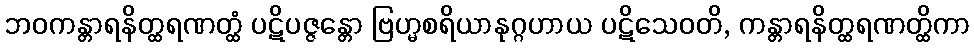
ဘဝကန္တာရနိတ္ထရဏတ္ထံ ပဋိပဇ္ဇန္တော ဗြဟ္မစရိယာနုဂ္ဂဟာယ ပဋိသေဝတိ, ကန္တာရနိတ္ထရဏတ္ထိကာ